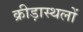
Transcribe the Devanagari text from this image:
क्रीड़ास्थलों